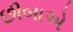
છીબાએ